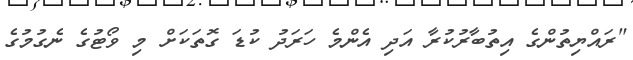
"ރައްޔިތުންގެ އިތުބާރުކުރާ އަދި އެންމެ ހަރަދު ކުޑަ ގޮތަކަށް މި ވޯޓުގެ ނެގުމުގެ